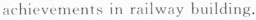
achievements in railway building.